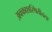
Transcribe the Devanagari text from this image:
अवकाशस्थितीतला